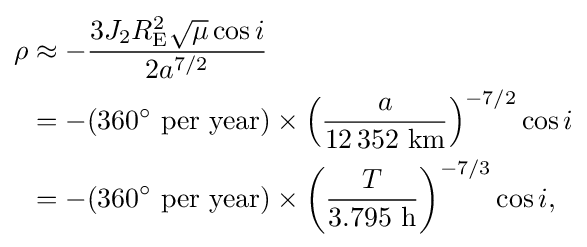
{\begin{aligned}\rho &\approx -{\frac {3J_{2}R_{\text{E}}^{2}{\sqrt {\mu }}\cos i}{2a^{7/2}}}\\&=-(360^{\circ }{\text{ per year}})\times \left({\frac {a}{12\,352{\text{ km}}}}\right)^{-7/2}\cos i\\&=-(360^{\circ }{\text{ per year}})\times \left({\frac {T}{3.795{\text{ h}}}}\right)^{-7/3}\cos i,\end{aligned}}